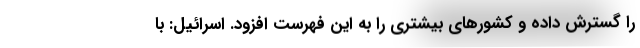
را گسترش داده و کشورهای بیشتری را به این فهرست افزود. اسرائیل: با